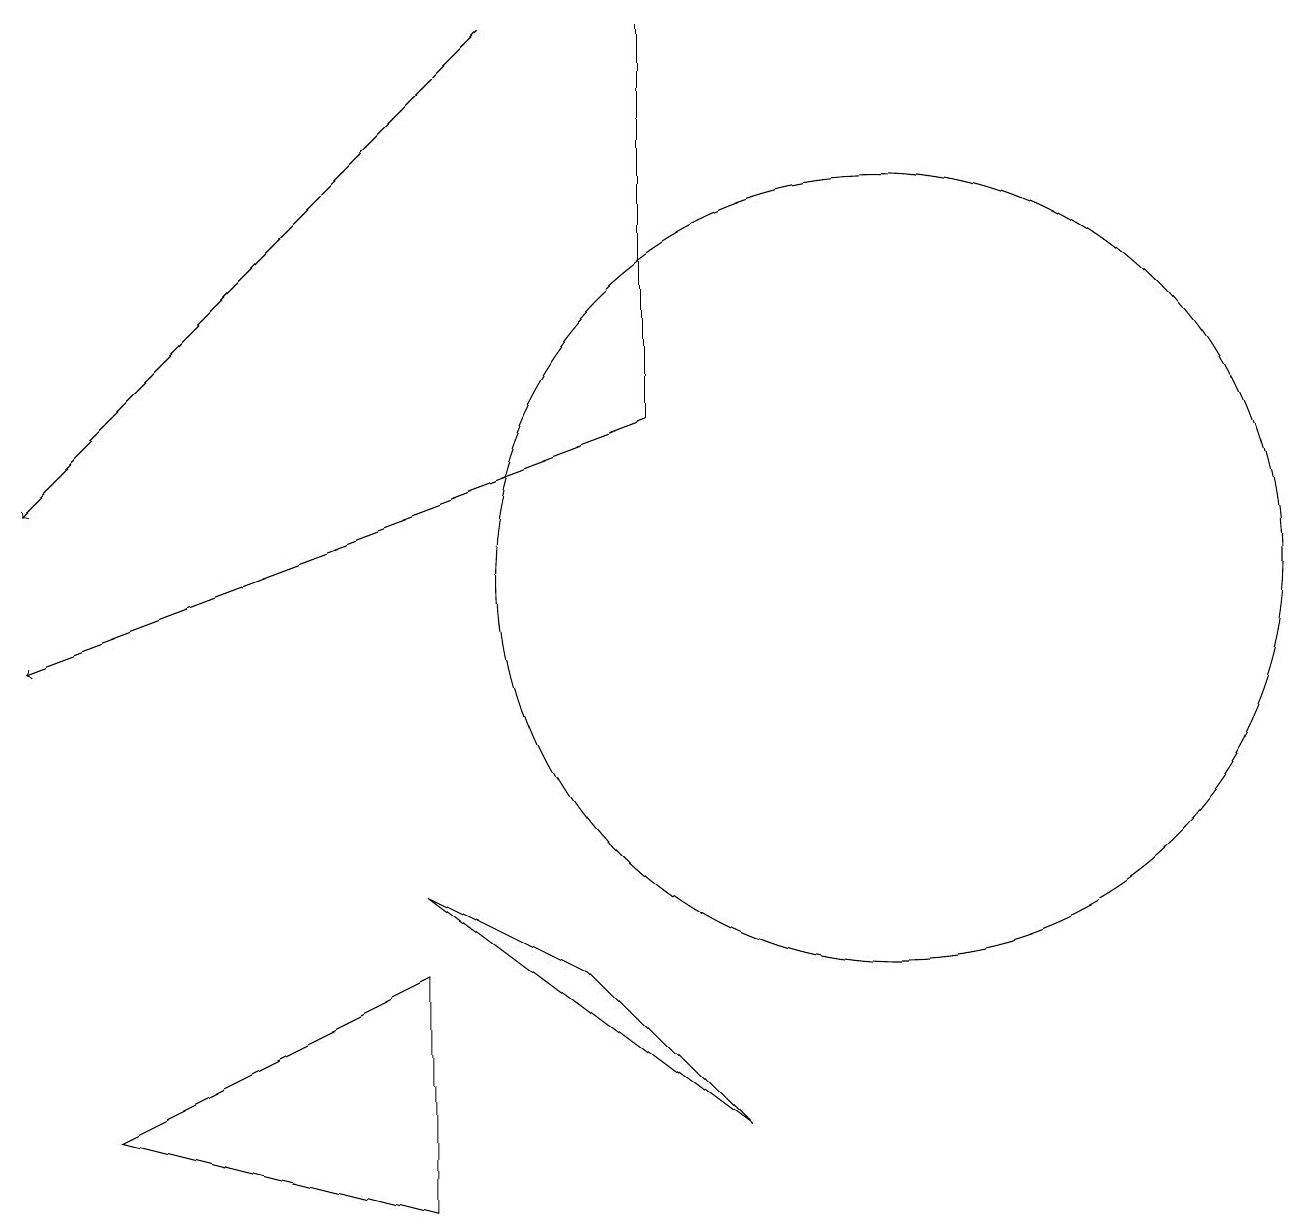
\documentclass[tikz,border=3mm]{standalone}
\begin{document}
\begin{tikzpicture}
\draw (8,13) rectangle (8,18);
\draw (11,11) circle (5);
\draw[->] (8,13) -- (0,10);
\draw (7,6) -- (5,7) -- (9,4) -- cycle;
\draw[->] (6,18) -- (0,12);
\draw (1,4) -- (5,3) -- (5,6) -- cycle;
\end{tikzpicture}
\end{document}